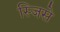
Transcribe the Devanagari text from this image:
स्जिसे